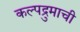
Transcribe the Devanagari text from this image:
कल्पद्रुमाची